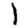
Digit: 1